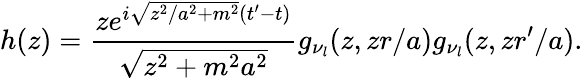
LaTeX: h(z)=\frac{ze^{i\sqrt{z^{2}/a^{2}+m^{2}}(t^{\prime}-t)}}{\sqrt{z^{2}+m^{2}a^{2}}}g_{\nu_{l}}(z,zr/a)g_{\nu_{l}}(z,zr^{\prime}/a).